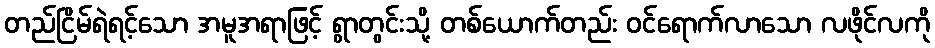
တည်ငြိမ်ရဲရင့်သော အမူအရာဖြင့် ရွာတွင်းသို့ တစ်ယောက်တည်း ဝင်ရောက်လာသော လဖိုင်လကို